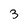
Character: 3